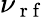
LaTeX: \nu_{\mathrm{~r~f~}}